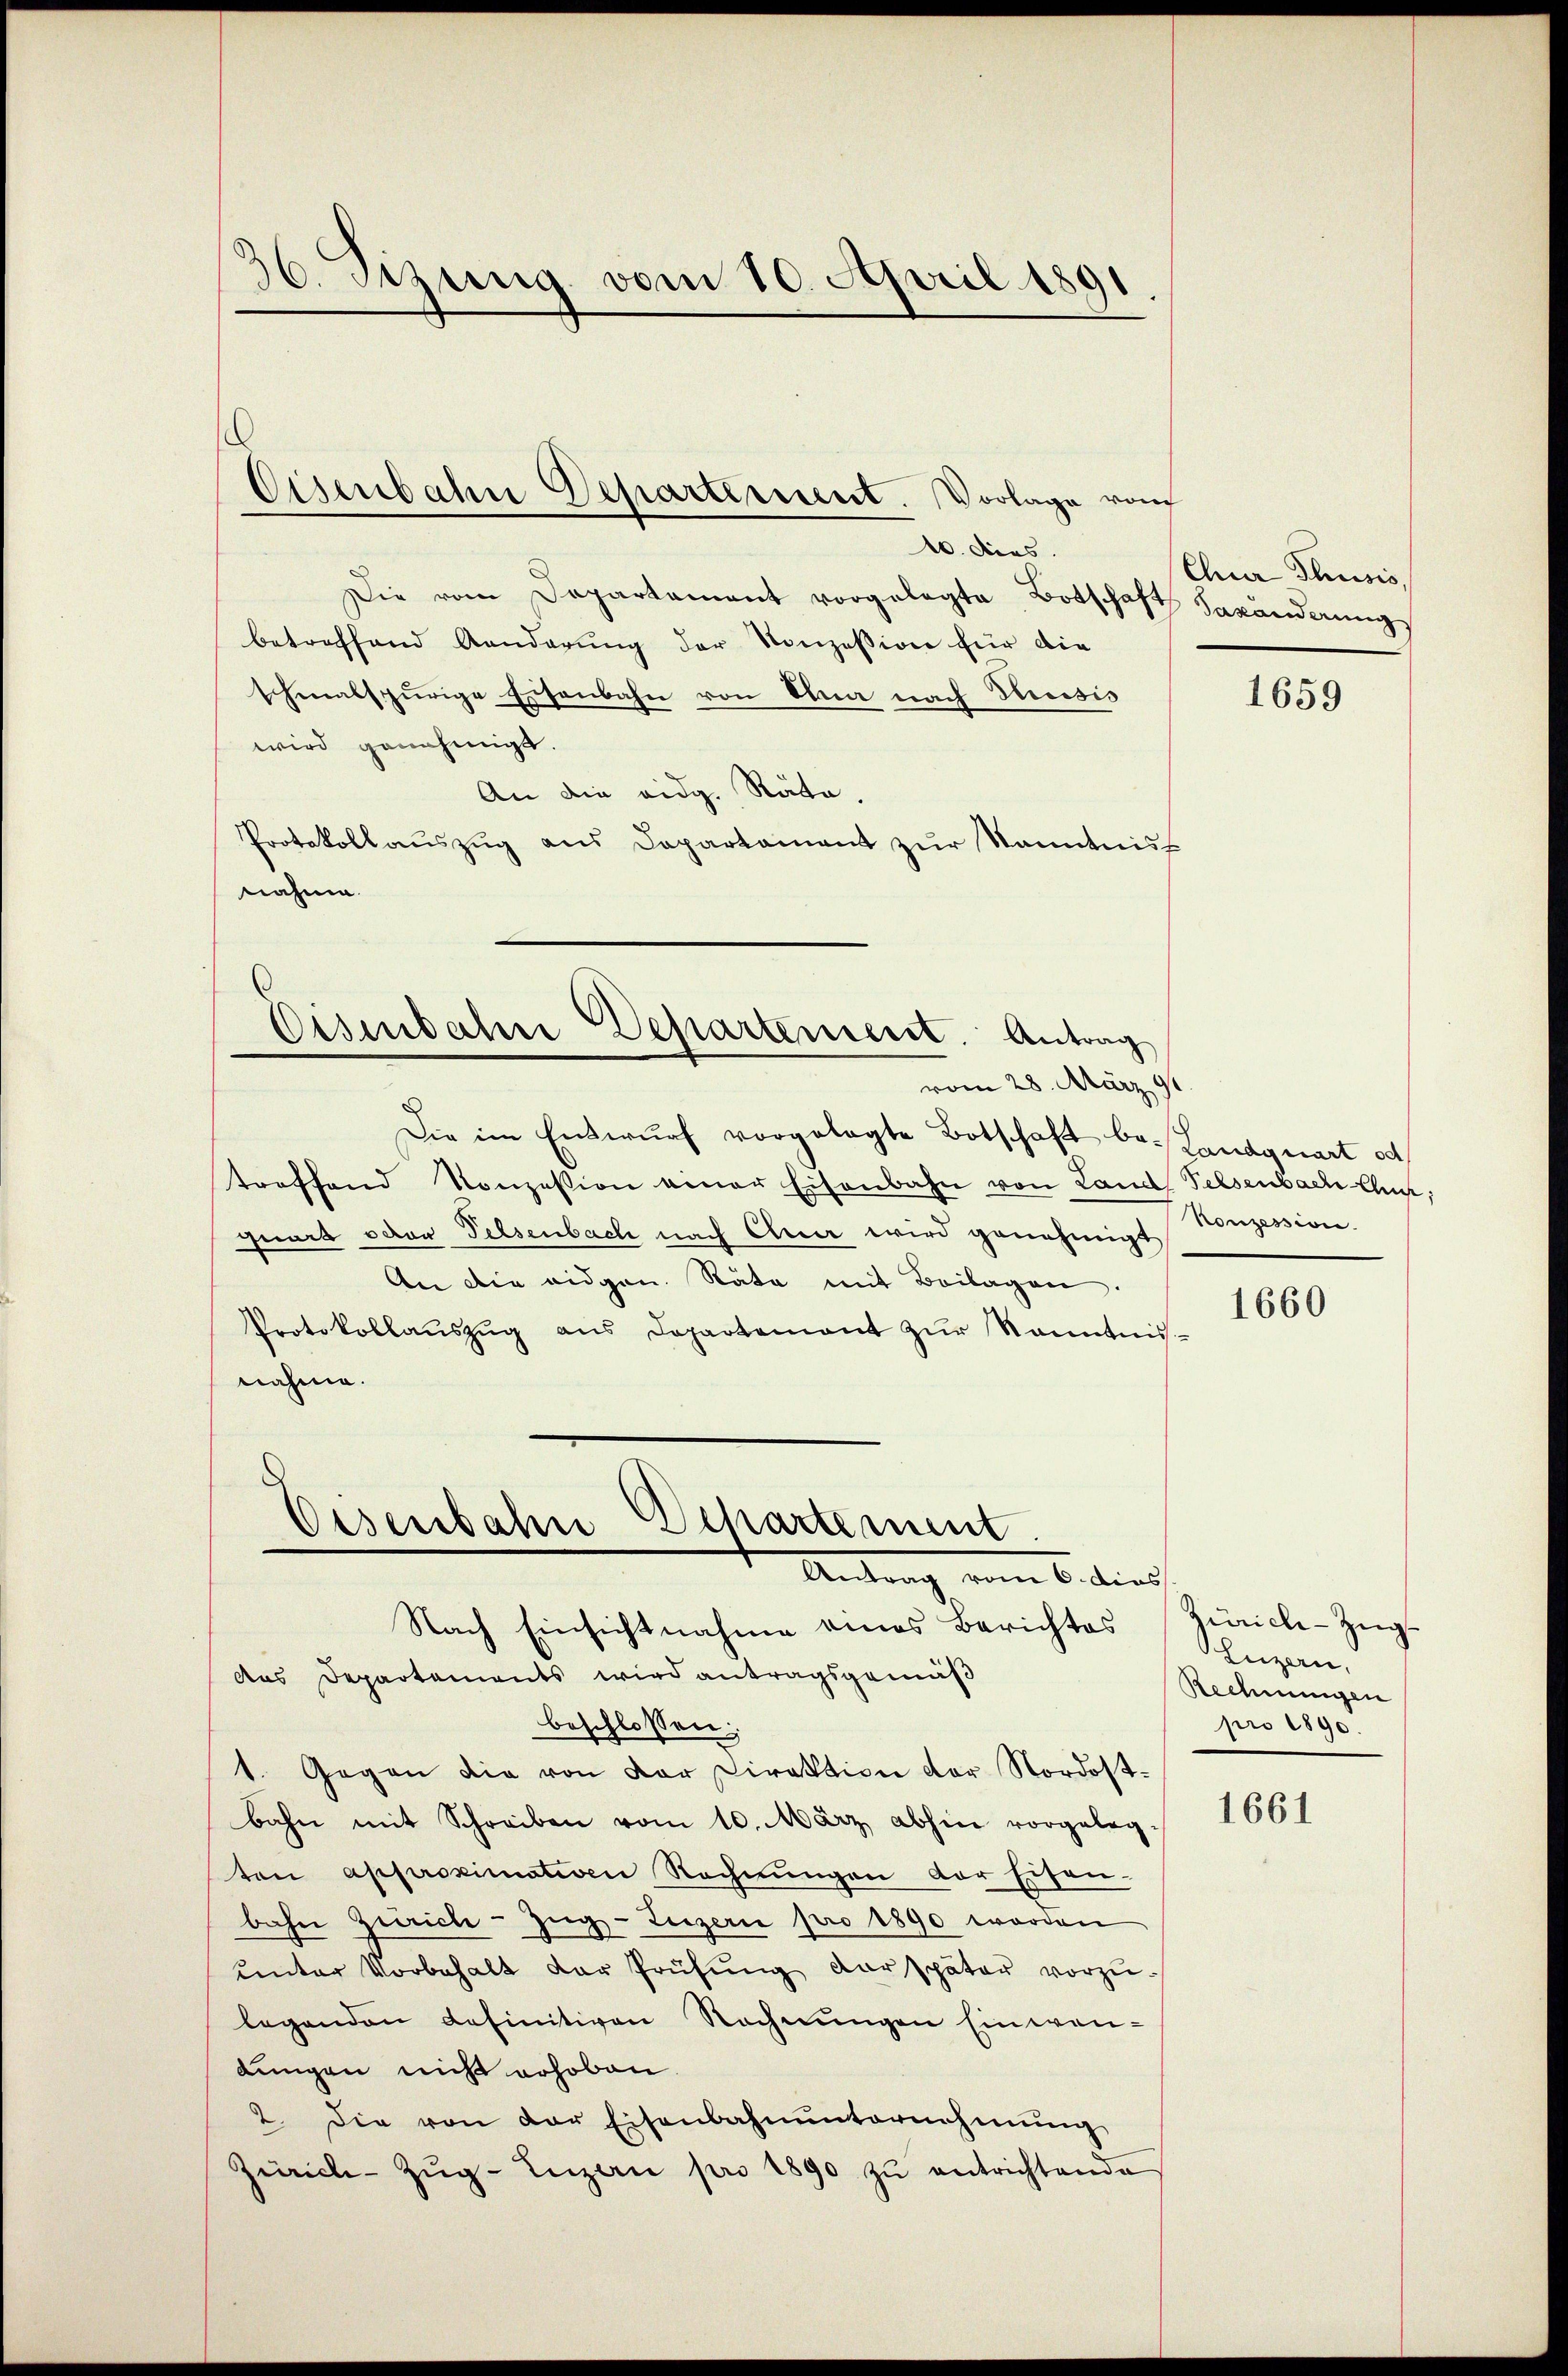
s
36. Sizung vom 10. April 1891.

10. Diens.
Die vom Departament vorgelegte Botschaft Saxänderungs
betreffend Aenderung der Konzession für die
schmalspurige Eisenbahn von Ohna nach Russis
wird genehmigt.
An die eidg. Räte,
Protokollaŭszŭg ans Departament zŭr Sanntnis
nahme.

Eisenbahn Departement. Vorlage vom

Eisenbahne Departement. Antrag
vom 28. März 191

Eisenbahn Departement.
Antrag, vom 6. dies
Nach Einsichtnahme eines Berichtes Zürich-Zŭg-

Chur Thusis,

Die im Entwurf vorgelegte Botschaft be- Landquart od
troffend Konzession einer Eisenbahn von Land Felsenbach Chur,
quart oder Felsenbach nach Chur wird genehmigt Konzession.
An die eidgen. Räte mit Beilagen.
Protokollaŭszŭg ans Departement zŭr Nanntnis-
nahme.
dus Departements wird antragsgemäβ
beschlossen:
1. Gegen die von der Direktion der Nordostbahn mit Schreiben vom 10. März abhin vorgeleg-
ten approximativen Rechnŭngen der Eisen.
bahn Zürich–Zug–Luzern pro 1890 worden
ŭnter Vorbehalt der Prüfŭng derspäter vorzŭ-
legenden definitiven Rechnungen Einwendungen nicht erhoben.
2. Die von der Eisenbahnunternehmung
Zürich-Zŭg-Inzan pro 1890 zŭ entrichtende

1659

1660

Luzern,
Rechnungen
pro 1890.

1661